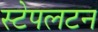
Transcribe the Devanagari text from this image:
स्टेपलटन